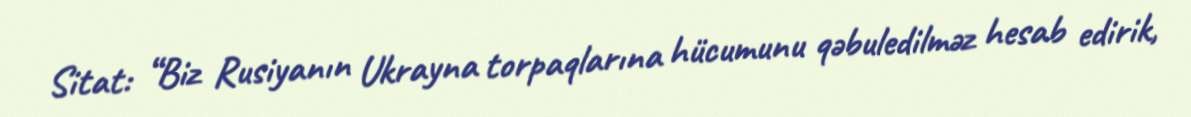
Sitat: “Biz Rusiyanın Ukrayna torpaqlarına hücumunu qəbuledilməz hesab edirik,